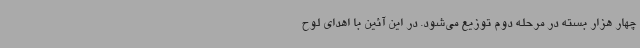
چهار هزار بسته در مرحله دوم توزیع می‌شود. در این آئین با اهدای لوح